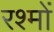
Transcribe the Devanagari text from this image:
रश्मों